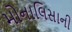
મોનાલિસાની